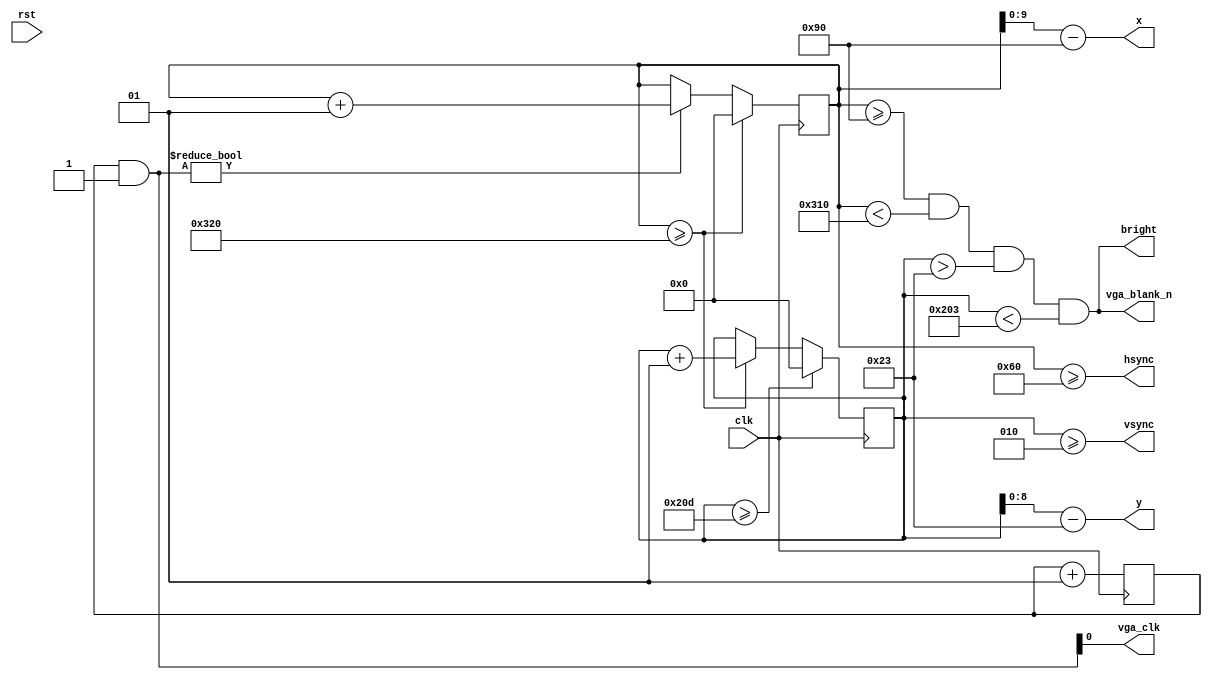
/**
 */
module vga_controller(input clk,
	input rst,
	output vga_clk, vga_blank_n, hsync, vsync, bright,
	output [9:0] x,
	output [8:0] y);

	integer hcount=0,vcount=0,counter=0;

always @(posedge clk) begin
	if(counter & 1'b1) begin
		hcount <= hcount + 1;
	end
	if(hcount >= 800) begin
		hcount <= 0;
		vcount <= vcount + 1;
	end
	if(vcount >= 525) begin
		vcount <= 0;
	end
	counter <= counter + 1;
end
assign vga_clk = counter&1'b1;
assign hsync = hcount >= 96;
assign vsync = vcount >= 2;

assign x = hcount - 144;
assign y = vcount - 35;

assign bright = hcount >= 144 && hcount < 784 && vcount > 35 && vcount < 515; 
assign vga_blank_n = hcount >= 144 && hcount < 784 && vcount > 35 && vcount < 515;

endmodule